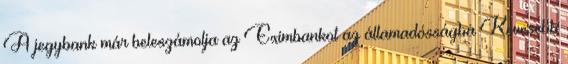
A jegybank már beleszámolja az Eximbankot az államadósságba Kevesebb